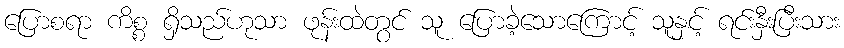
ပြောစရာ ကိစ္စ ရှိသည်ဟုသာ ဖုန်းထဲတွင် သူ ပြောခဲ့သောကြောင့် သူနှင့် ရင်းနှီးပြီးသား